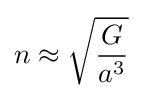
n\approx {\sqrt {\frac {G}{a^{3}}}}